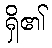
ရှိ၏